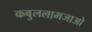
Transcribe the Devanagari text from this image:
कबुललामजाओ